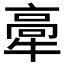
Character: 𤚸